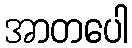
အာတပေါ